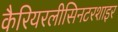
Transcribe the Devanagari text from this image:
कैरियरलीसिनटरशाइर